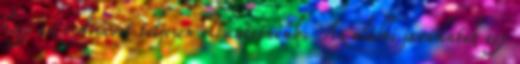
hogy az erdősávot teljesen eltüntetnénk. Az alábbi javaslatok egy